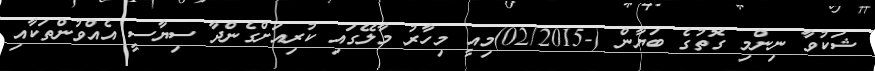
ޝަކުވާ ނިންމި ގޮތުގެ ބަޔާން (-02/2015)މިއީ މިހާރު މާލޭގައި ކުރިއަށްގެންދާ ސިޔާސީ އެއްވުންތަކާއި